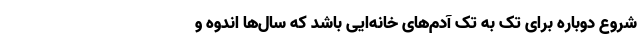
شروع دوباره برای تک به تک آدم‌های خانه‌ایی باشد که سال‌ها اندوه و